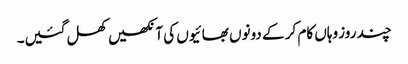
چند روز وہاں کام کر کے دونوں بھائیوں کی آنکھیں کھل گئیں۔